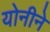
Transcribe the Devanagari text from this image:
योनीने